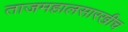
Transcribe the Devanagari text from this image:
ताजमहालसारखीच